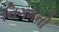
નિગમની